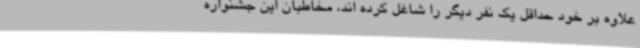
علاوه بر خود حداقل یک نفر دیگر را شاغل کرده اند، مخاطبان این جشنواره